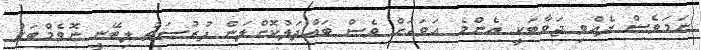
ނަމަވެސް ދެއްވި ޖަވާބަކީ އެންމެ އަވަހަށް ވެސް ބައްދަލުކޮށްލަން ފުރުސަތު ލިބޭނީ ނޮވެމްބަރު